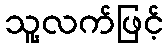
သူ့လက်ဖြင့်